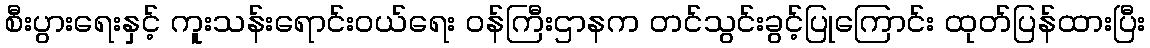
စီးပွားရေးနှင့် ကူးသန်းရောင်းဝယ်ရေး ဝန်ကြီးဌာနက တင်သွင်းခွင့်ပြုကြောင်း ထုတ်ပြန်ထားပြီး